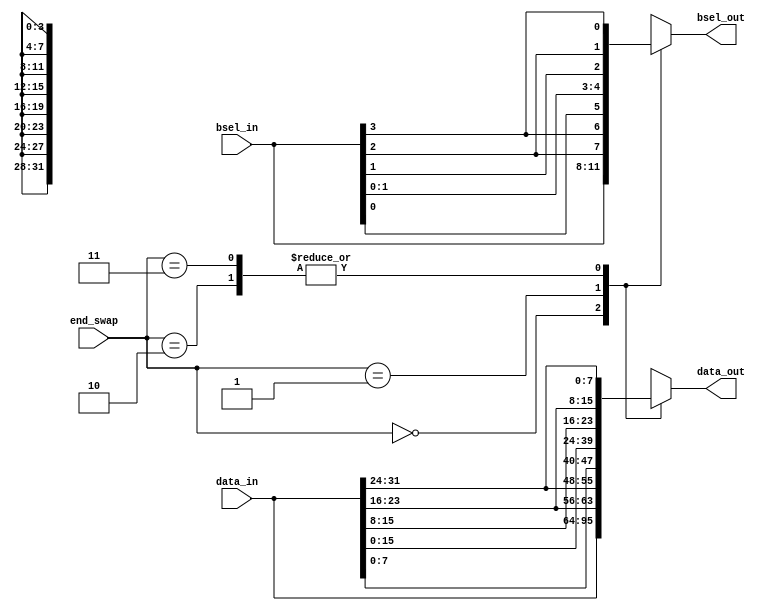
// This program was cloned from: https://github.com/HKUSTGZ-MICS-LYU/FlattenRTL
// License: MIT License

/////////////////////////////////////////////////////////////////////
////                                                             ////
////          eyal@provartec.com                                 ////
////                                                             ////
////  Downloaded from: http://www.opencores.org                  ////
/////////////////////////////////////////////////////////////////////
////                                                             ////
//// Copyright (C) 2010 Provartec LTD                            ////
//// www.provartec.com                                           ////
//// info@provartec.com                                          ////
////                                                             ////
//// This source file may be used and distributed without        ////
//// restriction provided that this copyright statement is not   ////
//// removed from the file and that any derivative work contains ////
//// the original copyright notice and the associated disclaimer.////
////                                                             ////
//// This source file is free software; you can redistribute it  ////
//// and/or modify it under the terms of the GNU Lesser General  ////
//// Public License as published by the Free Software Foundation.////
////                                                             ////
//// This source is distributed in the hope that it will be      ////
//// useful, but WITHOUT ANY WARRANTY; without even the implied  ////
//// warranty of MERCHANTABILITY or FITNESS FOR A PARTICULAR     ////
//// PURPOSE.  See the GNU Lesser General Public License for more////
//// details. http://www.gnu.org/licenses/lgpl.html              ////
////                                                             ////
/////////////////////////////////////////////////////////////////////
//---------------------------------------------------------
//-- File generated by RobustVerilog parser
//-- Version: 1.0
//-- Invoked Fri Mar 25 23:36:57 2011
//--
//-- Source file: prgen_swap32.v
//---------------------------------------------------------


  
module  prgen_swap32 (end_swap,data_in,data_out,bsel_in,bsel_out);
   
   input [1:0]            end_swap;
   input [31:0]        data_in;
   output [31:0]       data_out;
   input [3:0]            bsel_in;
   output [3:0]        bsel_out;

   
   reg [31:0]            data_out;
   reg [3:0]            bsel_out;


   
   always @(/*AUTOSENSE*/data_in or end_swap)
     begin
    case (end_swap[1:0])
      2'b00   : data_out = data_in;
      2'b01   : data_out = {data_in[23:16], data_in[31:24], data_in[7:0], data_in[15:8]};
      2'b10   : data_out = {data_in[7:0], data_in[15:8], data_in[23:16], data_in[31:24]};
      2'b11   : data_out = {data_in[7:0], data_in[15:8], data_in[23:16], data_in[31:24]};
    endcase
     end
   
   always @(/*AUTOSENSE*/bsel_in or end_swap)
     begin
    case (end_swap[1:0])
      2'b00   : bsel_out = bsel_in;
      2'b01   : bsel_out = {bsel_in[2], bsel_in[3], bsel_in[0], bsel_in[1]};
      2'b10   : bsel_out = {bsel_in[0], bsel_in[1], bsel_in[2], bsel_in[3]};
      2'b11   : bsel_out = {bsel_in[0], bsel_in[1], bsel_in[2], bsel_in[3]};
    endcase
     end
   
   
endmodule